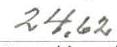
24,62